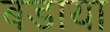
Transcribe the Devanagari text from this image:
बडाया